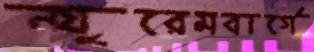
ন্যুরেমবার্গে